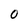
Character: 0